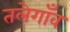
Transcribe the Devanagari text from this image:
तलेगाँव